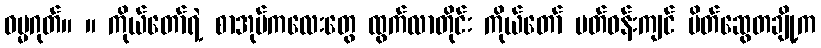
ဓမ္မဂုတ်။ ။ ကိုယ်တော်ရဲ့ စာအုပ်ကလေးတွေ ထွက်လာတိုင်း ကိုယ်တော် ပတ်ဝန်းကျင် မိတ်ဆွေတချို့က